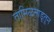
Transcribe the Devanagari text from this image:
तामिळनाडूतून